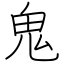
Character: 鬼